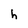
Character: h